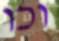
וכו